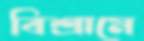
বিশ্রামে